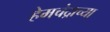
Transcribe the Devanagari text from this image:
हेमचंद्राच्या